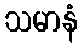
သမာနံ